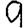
Digit: 9